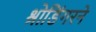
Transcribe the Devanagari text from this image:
श्रोडिंगरने